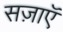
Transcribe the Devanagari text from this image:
सज़ाएॅ